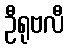
ဦရုဗလီ